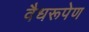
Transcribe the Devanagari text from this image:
वैधरूपेण